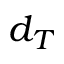
d _ { T }